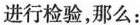
进行检验，那么：